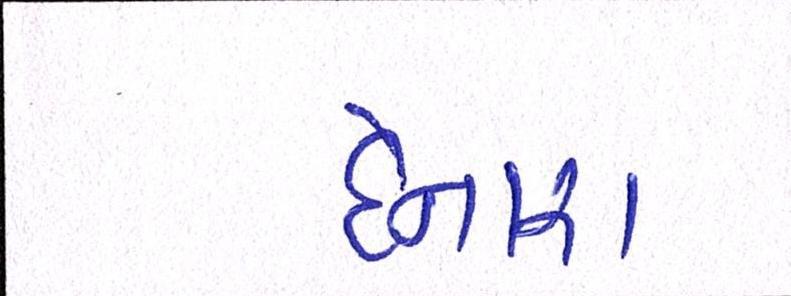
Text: દેનારા